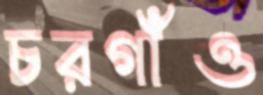
চরগাঁও